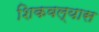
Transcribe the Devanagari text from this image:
शिकवल्यास